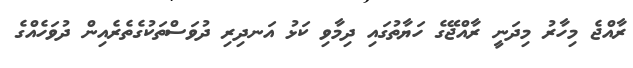
ރާއްޖެ މިހާރު މިދަނީ ރާއްޖޭގެ ހަޔާތުގައި ދިމާވި ކަޅު އަނދިރި ދުވަސްތަކުގެތެރެއިން ދުވަހެއްގެ